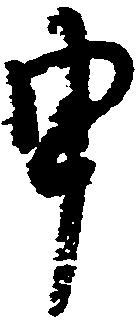
申